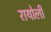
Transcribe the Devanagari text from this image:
रायोली